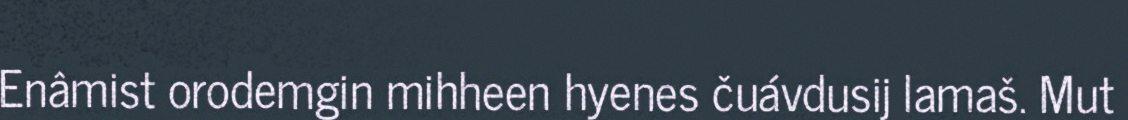
Enâmist orodemgin mihheen hyenes čuávdusij lamaš. Mut